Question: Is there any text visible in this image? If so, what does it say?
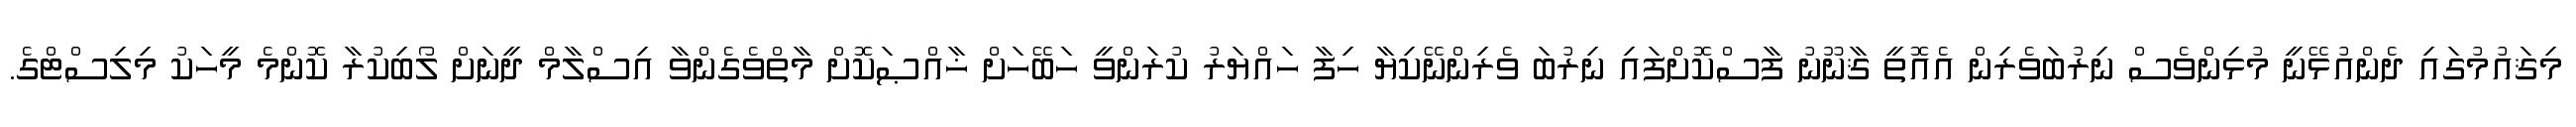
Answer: މިޤައުމުގައި ދެންއުޅޭނީ މުޅިންވެސް ނިރުބަވެރިން އެއޮތީ ޤާނޫނު ފާސްކޮށްފައި ނިރުބަ ވެރިންނޭކިޔާ ހިފާ ހައްޔަރު ކުރަންވީ ހަބޭހަށް ޚާއްޞަކޮށް މާތްވެގެންވާ އިސްލާމް ދީނަށް ލޯބިކުރާ ކޮންމެ މީހަކު މިލިސްޓްގެ.